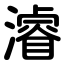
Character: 濬